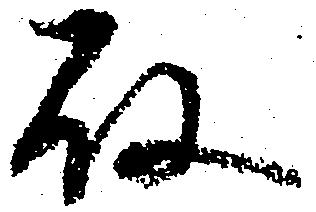
殿